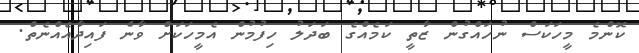
ކޮންމެ މީހަކަސް ނުހައްގުން ޒާތީ ކަމެއްގެ ބަދަލު ހިފުމުން އެމީހަކަށް ވާނެ ފައިދާއެެއްނެތް.